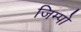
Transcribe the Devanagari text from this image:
जिम्पो